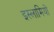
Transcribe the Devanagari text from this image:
इस्लामियों